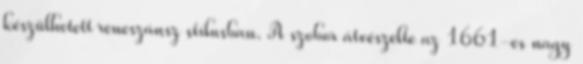
készülhetett reneszánsz stílusban. A szobor átvészelte az 1661-es nagy